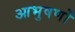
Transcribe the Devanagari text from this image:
आभुषणों